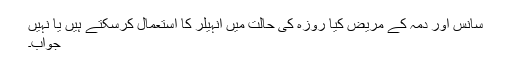
سانس اور دمہ کے مریض کیا روزہ کی حالت میں انہیلر کا استعمال کرسکتے ہیں یا نہیں
جواب۔